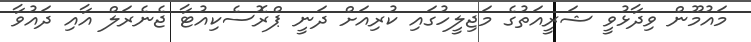
މައުމޫން ވިދާޅުވީ ޝަރީއަތުގެ މަޖިލީހުގައި ކުރިއަށް ދަނީ ޕްރޮސެކިއުޓާ ޖެނެރަލް އާއި ދައުވާ